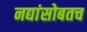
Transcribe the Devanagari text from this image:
नद्यांसोबतच